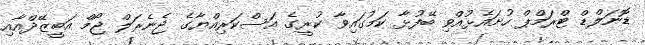
ޑޮނަލްޑް ޓްރަމްޕް ހުށައެޅުއްވި ބޭފުޅާ ކަމުގައިވާ ކުރީގެ އަސްކަރިއްޔާގެ ޖެނެރަލް ޖޯމް އަބީޒޭދްއާއި